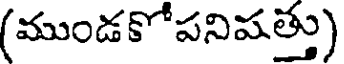
(ముండకోపనిషత్తు)